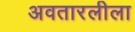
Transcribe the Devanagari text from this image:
अवतारलीला